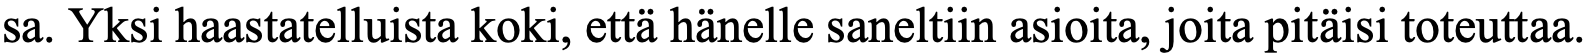
sa. Yksi haastatelluista koki, että hänelle saneltiin asioita, joita pitäisi toteuttaa.